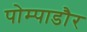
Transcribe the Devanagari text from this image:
पोम्पाडौर